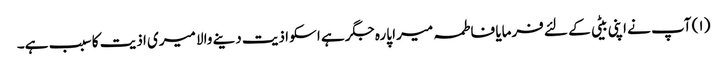
(۱) آپ نے اپنی بیٹی کے لئے فرمایا فاطمہ میرا پارہ جگر ہے اسکو اذیت دینے والا میری اذیت کا سبب ہے۔